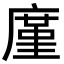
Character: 廑